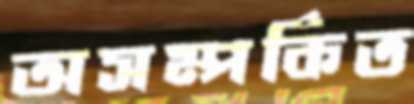
অসম্পর্কিত